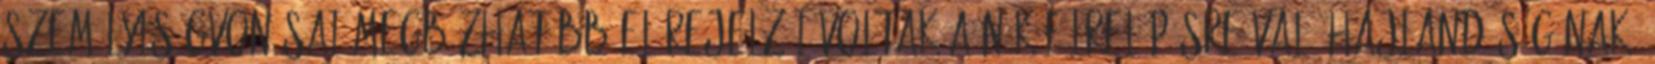
személyiségvonásai megbízhatóbb előrejelzői voltak a nők félrelépésre való hajlandóságának,